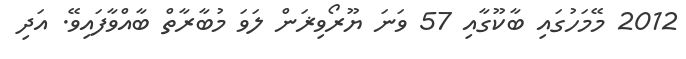
2012 މޭމަހުގައި ބާކޫގާއި 57 ވަނަ ޔޫރޯވިޜަން ލަވަ މުބާރާތް ބާއްވާފައިވޭ. އަދި